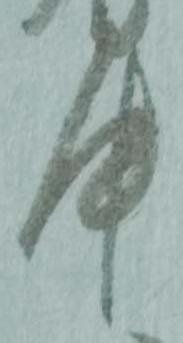
中